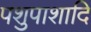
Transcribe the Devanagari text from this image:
पशुपाशादि